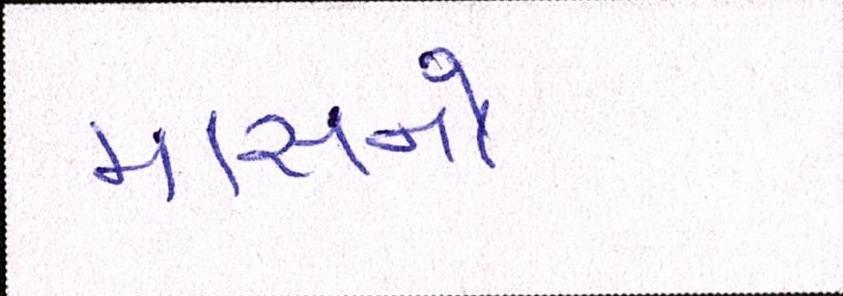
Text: માસનો